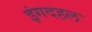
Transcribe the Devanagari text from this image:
इंगदहल